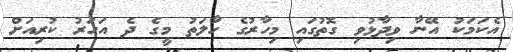
އެކަމަކު އޭނާ ވިދާޅުވި ގޮތުގައި މިހާރުގެ ހާލަތު މީގެ ދެ އަހަރު ކުރިއަށް